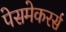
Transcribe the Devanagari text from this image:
पेसमेकरर्स